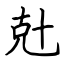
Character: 兙